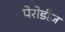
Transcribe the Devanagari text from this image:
पेरोडीज़